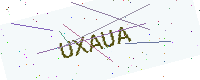
Text: UXAUA